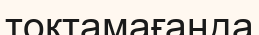
тоқтамағанда